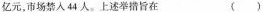
亿元，市场禁人44人。上述举措旨在 ()